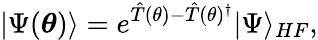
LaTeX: |\Psi(\boldsymbol{\theta})\rangle=e^{\hat{T}(\theta)-\hat{T}(\theta)^{\dagger}}|\Psi\rangle_{HF},